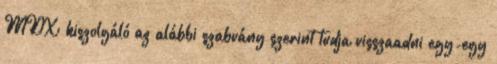
MDX kiszolgáló az alábbi szabvány szerint tudja visszaadni egy-egy